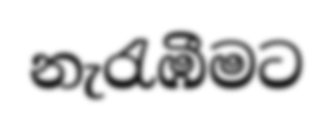
නැරැඹීමට